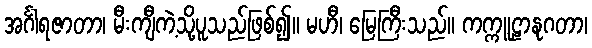
အင်္ဂါရဇာတာ၊ မီးကျီကဲ့သို့ပူသည်ဖြစ်၍။ မဟီ၊ မြေကြီးသည်။ ကက္ကူဠာနုဂတာ၊